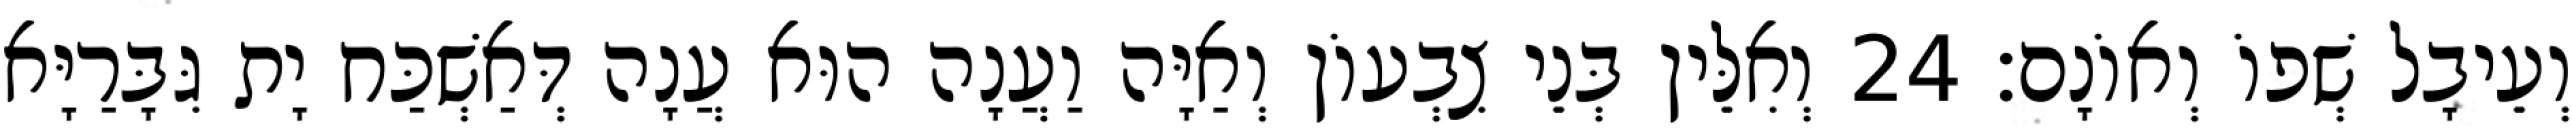
וְעֵיבָל שְׁפוֹ וְאוֹנָם׃ 24 וְאִלֵּין בְּנֵי צִבְעוֹן וְאַיָּה וַעֲנָה הוּא עֲנָה דְּאַשְׁכַּח יָת גִּבָּרַיָּא